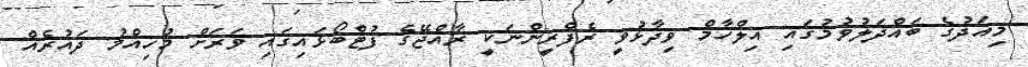
މިއަދުގެ ބައްދަލުވުމުގައި އިލްހާމް ވިދާޅުވީ ރެފްރީންނަކީ ރާއްޖޭގެ ފުޓްބޯޅައިގައި ވަރަށް މުހިއްމު ދައުރެއް